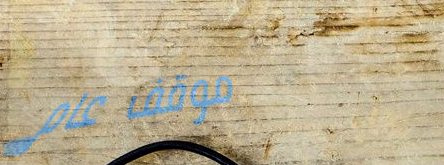
موقف عام